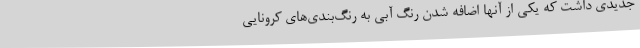
جدیدی داشت که یکی از آنها اضافه شدن رنگ آبی به رنگ‌بندی‌های کرونایی